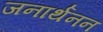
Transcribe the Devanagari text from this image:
जनार्थनन